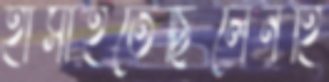
হাসাইতেছিলেনহি